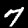
Label: 7